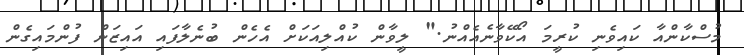
މުސްކާންއާ ކައިވެނި ކުރީމަ އޯކޭވާނެއެއްނު." ލީވާން ކުއްލިއަކަށް އެހެން ބުނެލާފައި އައިޒަން ފުންމައިގެން